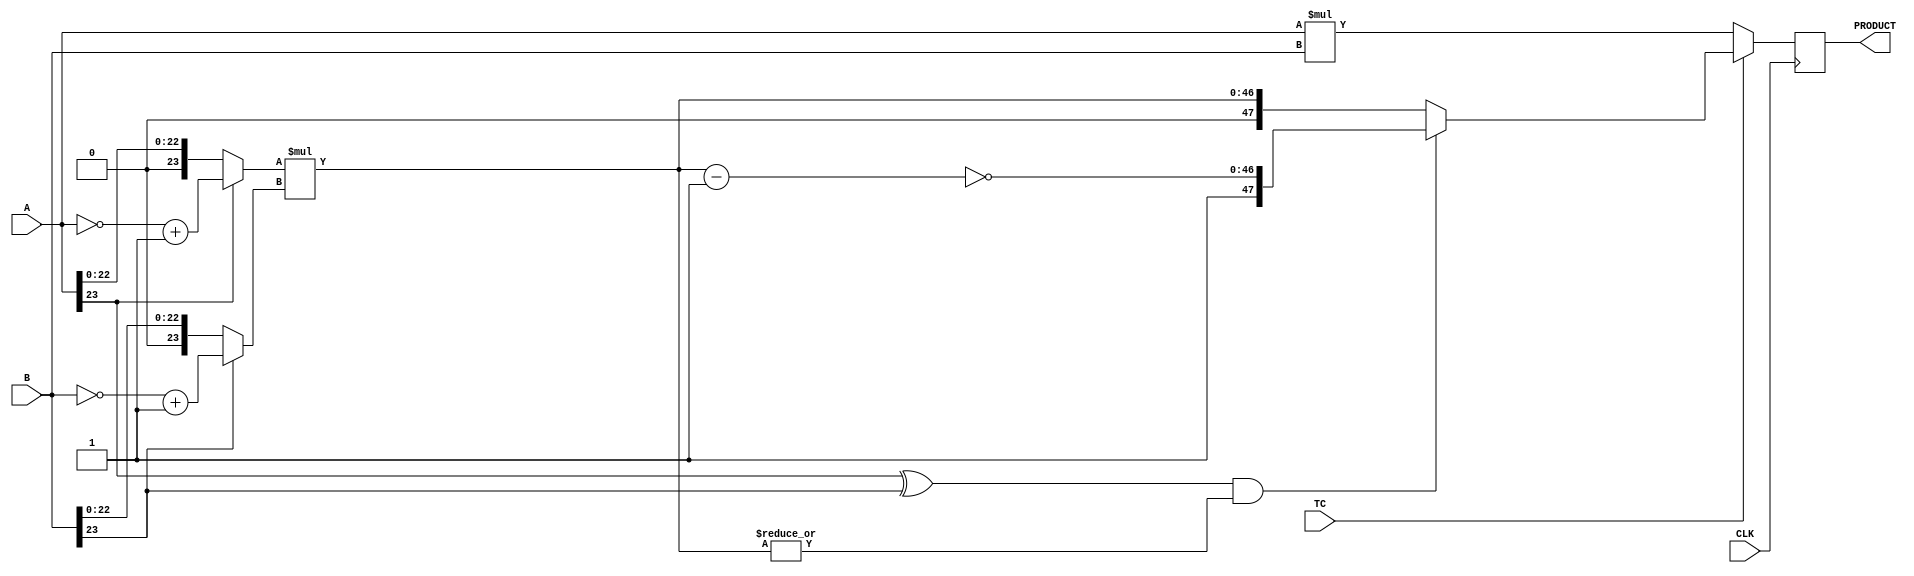
////////////////////////////////////////////////////////////////////////////////
//
//       This confidential and proprietary software may be used only
//     as authorized by a licensing agreement from Synopsys Inc.
//     In the event of publication, the following notice is applicable:
//
//                    (C) COPYRIGHT 1995 - 2022 SYNOPSYS INC.
//                           ALL RIGHTS RESERVED
//
//       The entire notice above must be reproduced on all authorized
//     copies.
//
//
// VERSION:   Simulation Architecture
//
// DesignWare_version: 2bbde800
// DesignWare_release: U-2022.12-DWBB_202212.0
//
////////////////////////////////////////////////////////////////////////////////
//-----------------------------------------------------------------------------------
//
// ABSTRACT:  Two-Stage Pipelined Multiplier
//           A_width-Bits * B_width-Bits => A_width+B_width Bits
//           Operands A and B can be either both signed (two's complement) or 
//	     both unsigned numbers. TC determines the coding of the input operands.
//           ie. TC = '1' => signed multiplication
//	         TC = '0' => unsigned multiplication
//
//
//            Move component from DW03 to DW02
//	Jay Zhu, Nov 29, 1999: remove unit delay
//---------------------------------------------------------------------------------
// 
//      WSFDB revision control info 
//		@(#)DW02_mult_2_stage.v	1.1
//
//---------------------------------------------------------------------------------
module DW02_mult_2_stage(A,B,TC,CLK,PRODUCT);
parameter	integer A_width = 24;
parameter	integer B_width = 24;
input	[A_width-1:0]	A;
input	[B_width-1:0]	B;
input			TC,CLK;
output	[A_width+B_width-1:0]	PRODUCT;

reg	[A_width+B_width-1:0]	PRODUCT;
wire	[A_width+B_width-1:0]	pre_product;

wire	[A_width-1:0]	temp_a;
wire	[B_width-1:0]	temp_b;
wire	[A_width+B_width-2:0]	long_temp1,long_temp2;

assign	temp_a = (A[A_width-1])? (~A + 1'b1) : A;
assign	temp_b = (B[B_width-1])? (~B + 1'b1) : B;

assign	long_temp1 = temp_a * temp_b;
assign	long_temp2 = ~(long_temp1 - 1'b1);

assign	pre_product = (TC)? (((A[A_width-1] ^ B[B_width-1]) && (|long_temp1))?
				{1'b1,long_temp2} : {1'b0,long_temp1})
			: A * B;

always @ (posedge CLK)
begin
	PRODUCT <= pre_product;
end

endmodule